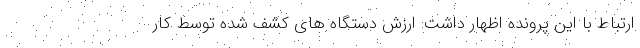
ارتباط با این پرونده اظهار داشت: ارزش دستگاه های کشف شده توسط کار